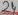
Text: 24